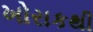
ખોરાકથી